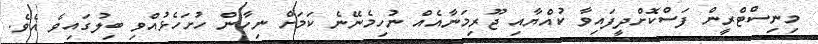
މިނިސްޓްރީން ފަސްކޮށްދީފައިވާ ކުއްޔާއި ޖޫރިމަނާއެއް ނުހިމެނޭނެ ކަމަށް ނިހާން ހުށަހެޅުއްވި ބިލުގައިވެ އެވެ.